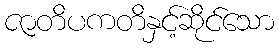
ဇာတိပကတိနှင့်ဆိုင်သော